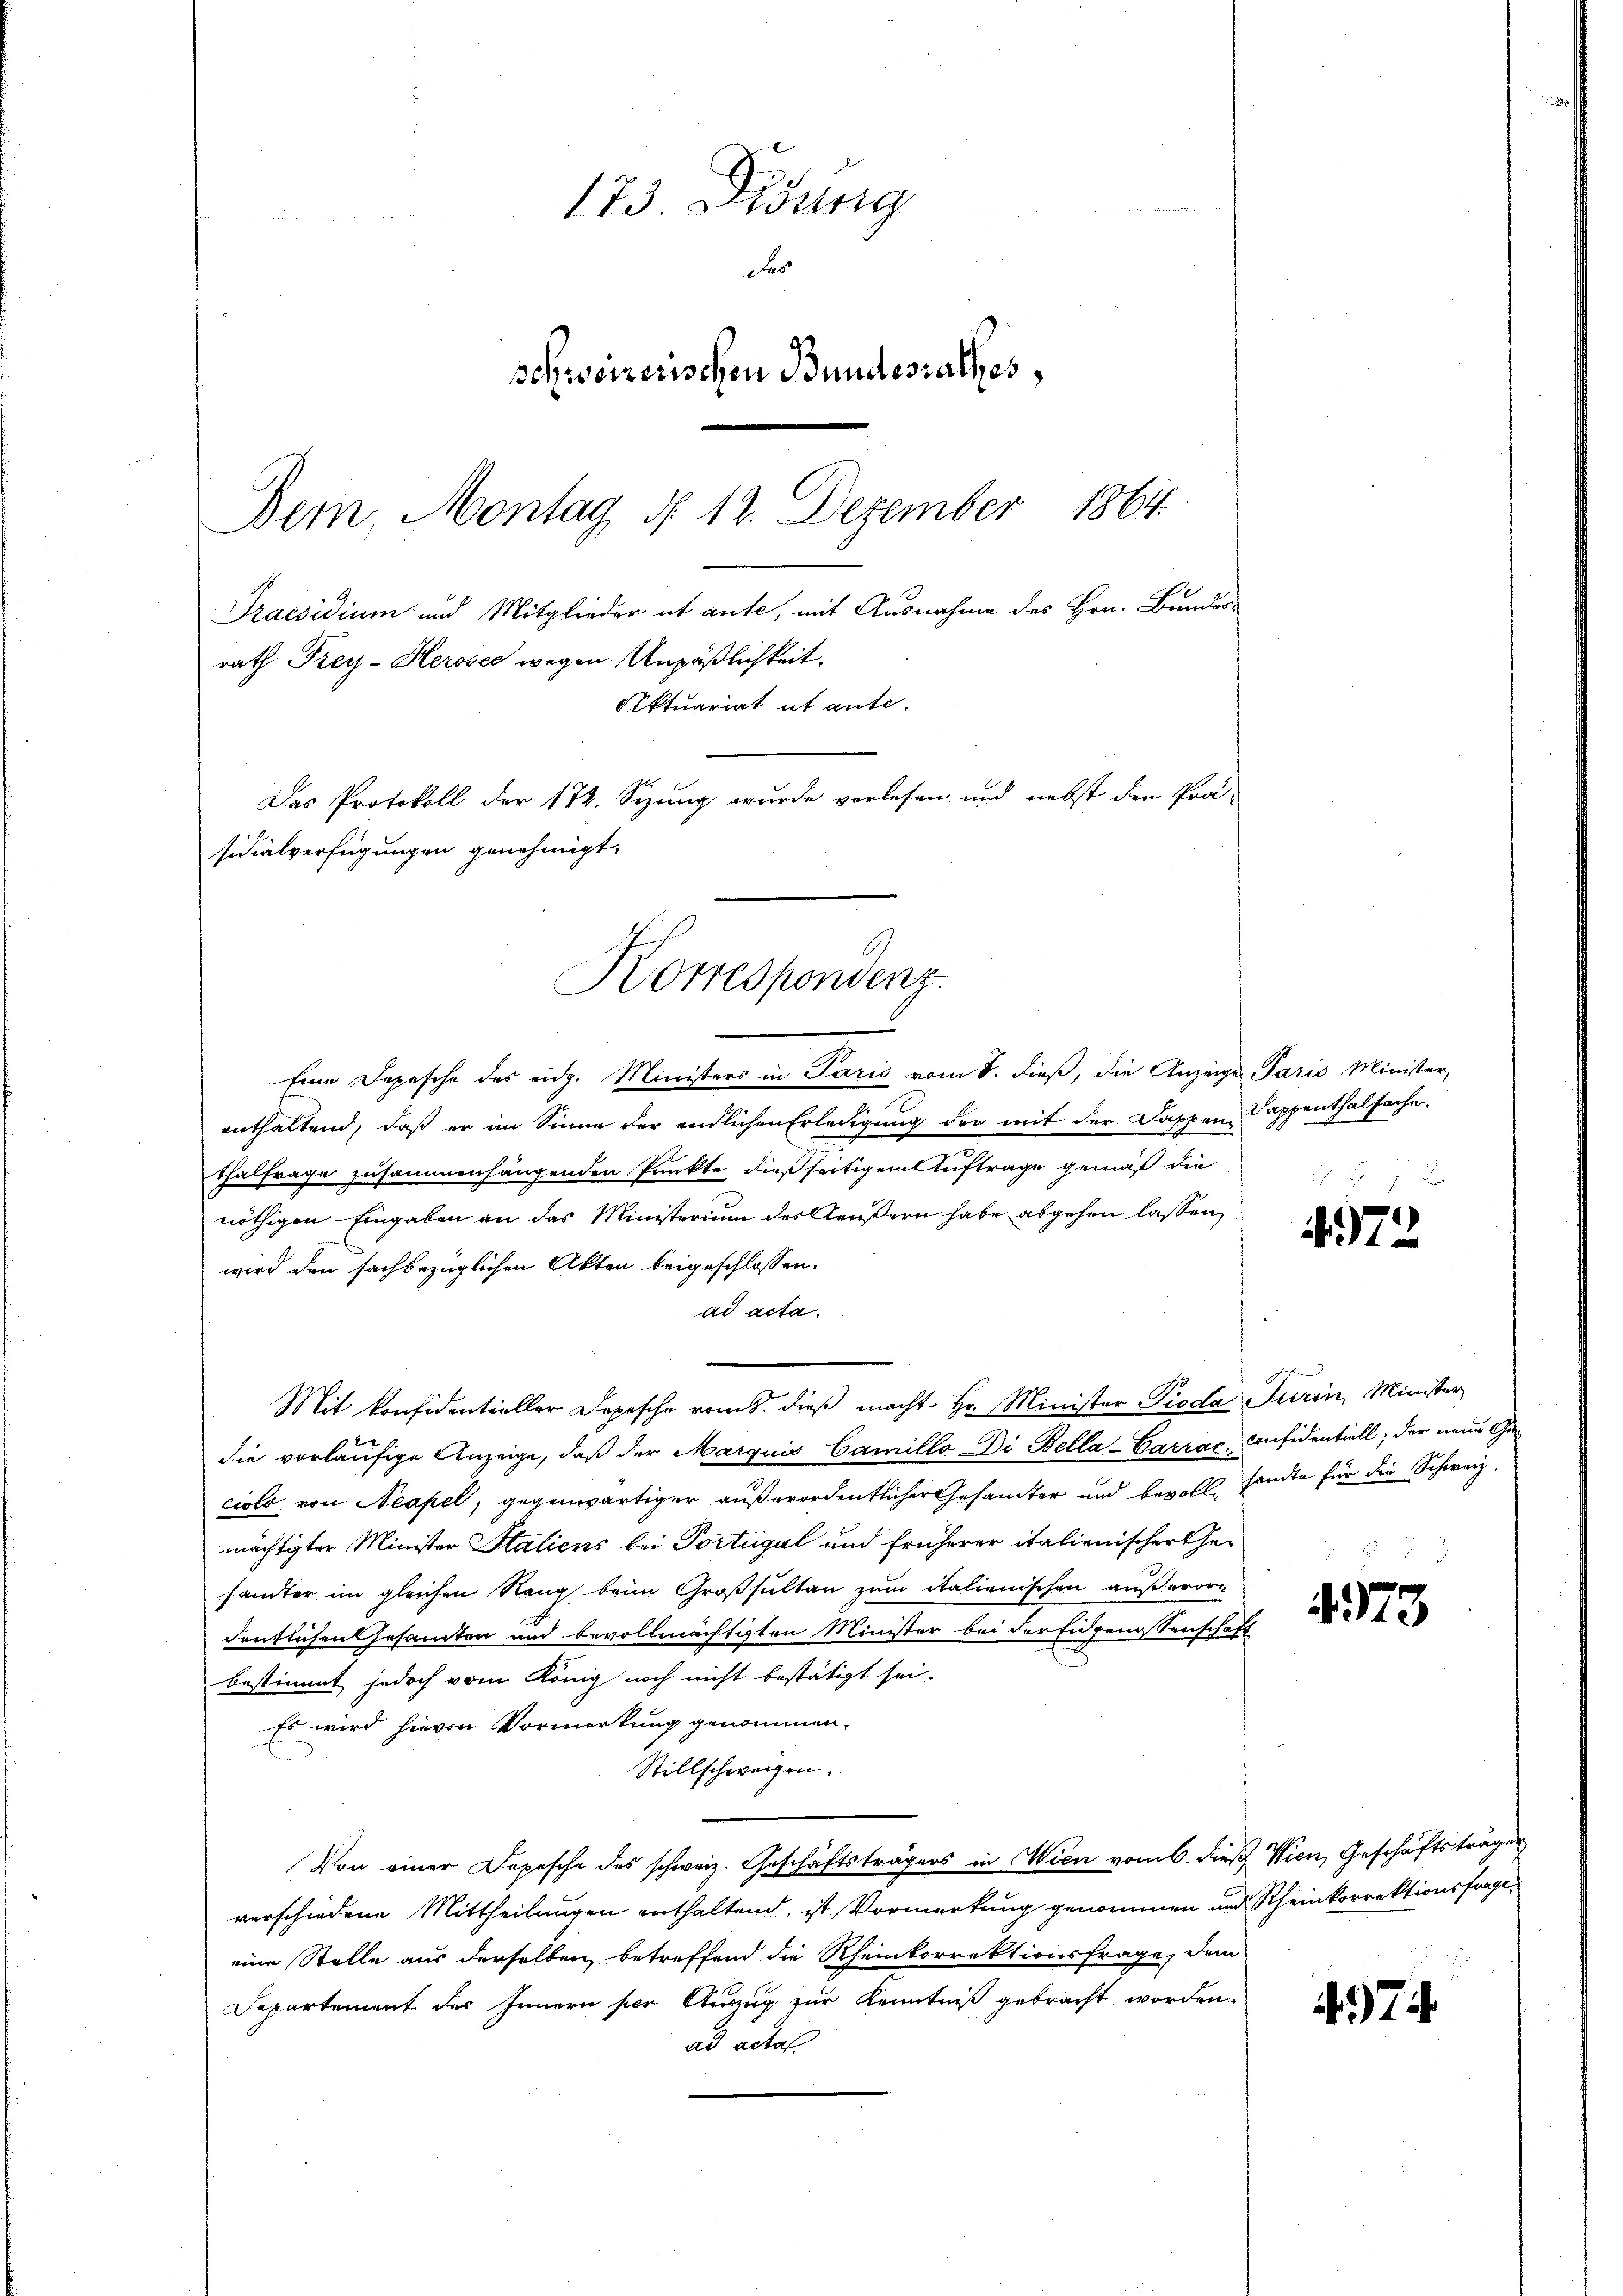
Korrespondenz.

173. Didung
das
schweizerischen Bundesrathes,
Bern, Montag d. 12. Dezember 1864
Praesidium und Mitglieder et aute, mit Ausnahme des Hrn. Bunderrath Frey- Herosec wegen Unpäßlichkeit.
Aktuariat ut ante.
Das Protokoll der 172. Sizung wurde verlesen und nebst den Prä-
sidialverfügungen genehmigt.

e
Eine Depesche des eidg. Ministers in Paris vom 8. dieß, die Anzeige Paris Minister,
enthaltend, daß er im Sinne der endlichen Erledigung der mit der Dappen Sappenthalsache,
thalfrage zusammenhängenden Punkte dießseitigem Auftrage gemäß die
nöthigen Eingaben an das Ministerium des Aeußern habe abgehen lassen,
wird den sachbezüglichen Akten beigeschlossen.
ad acta.
Mit konfidentieller Depesche vom 8. dieß macht Hr. Minister Pieda Turin, Minister,
die vorläufige Anzeige, daß der Marquis Camillo Di Bella-Garrac, Considentiell, der neue Geciolo von Neapel, gegenwärtiger außerordentlicher Gesamter und bevoll, sandte für die Schweiz.
mächtigter Minister Staliens bei Portugal und früherer italienischer Gesämter im gleichen Rang beim Großsultan zum italienischen außerordeutlichen Gesamten und bevollmächtigten Minister bei der Eidgenossenschaft
bestimmt jedoch vom König noch nicht bestätigt sei.
Es wird hievon Vormerkung genommen.
Stillschweigen.
Von einer Depesche des schweiz. Geschäftsträgers in Wien vom 6. dieß. Wien, Geschäftsträger
verschiedene Mittheilungen enthaltend, ist Vormerkung genommen und Rheinkorrektionsfrage
eine Stelle aus derselben betreffend die Rheinkorrektionsfrage, dem
Departement des Innern per Auszug zur Kenntniß gebracht worden.
ad actat

4972

473

974